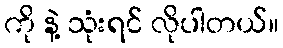
ကို နဲ့ သုံးရင် လိုပါတယ်။